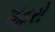
શહરો